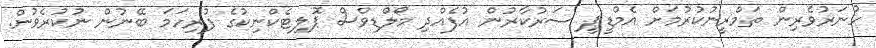
ހުނަރުވެރިން ތަމްރީނުކުރުމަށް އެމްޑީޕީ ސަރުކާރުން އުފެއްދި މޯލްޑިވްސް ޕޮލިޓެކްނިކުގެ ފުރިހަމަ ބޭނުން ނުކުރެވުން.